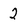
Character: 2